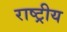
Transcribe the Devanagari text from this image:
राष्ट्रीय